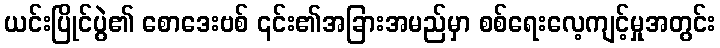
ယင်းပြိုင်ပွဲ၏ စောဒေးဗစ် ၎င်း၏အခြားအမည်မှာ စစ်ရေးလေ့ကျင့်မှုအတွင်း